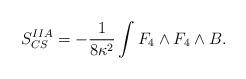
LaTeX: \begin{align*}S_{CS}^{IIA} = -\frac{1}{8\kappa^2}\int F_4 \wedge F_4 \wedge B .\end{align*}